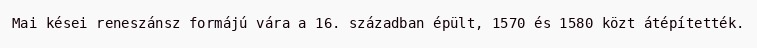
Mai kései reneszánsz formájú vára a 16. században épült, 1570 és 1580 közt átépítették.